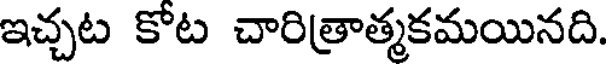
ఇచ్చట కోట చారిత్రాత్మకమయినది.